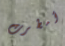
أمطرت